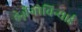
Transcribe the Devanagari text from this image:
हेर्ज़ेगोविन्याई